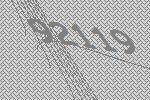
92119